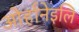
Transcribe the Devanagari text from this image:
ओर्हानेइलि